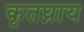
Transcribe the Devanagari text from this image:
कृतघ्नाय